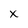
Character: x